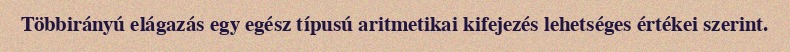
Többirányú elágazás egy egész típusú aritmetikai kifejezés lehetséges értékei szerint.